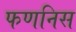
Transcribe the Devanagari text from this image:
फणनिस